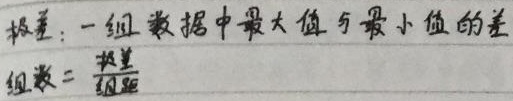
极差：一组数据中最大值与最小值的差。

组数 \(=\frac{极差}{组距}\)